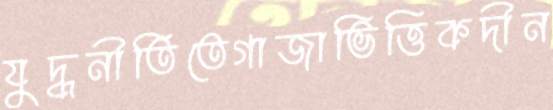
যুদ্ধনীতিতেগাজাভিত্তিকদীন